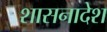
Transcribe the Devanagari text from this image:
शासनादेश